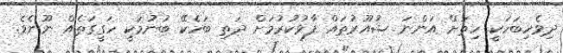
ދިވެހިބަހަކީ ހިތަށް އަންނަ ޝުއޫރުތައް ފާޅުކުރުމަށް ދަތި ބަހެކޭ ބުނުމަކީ ހަގީގަތެއް ނޫނެވެ.